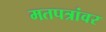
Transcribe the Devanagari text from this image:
मतपत्रांवर